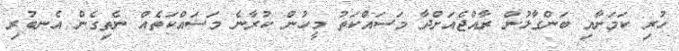
ހުރި ކަމަށާއި ބަންގާޅުން ރާއްޖެއަށްދާ މަސައްކަތު މީހުން ކުރާނެ މަސައްކަތެއް ނެތިގެން އެނބުރި